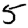
Digit: 5